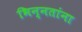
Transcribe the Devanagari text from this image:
भिन्नतांना